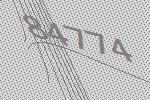
84774